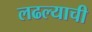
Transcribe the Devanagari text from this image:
लढल्याची